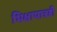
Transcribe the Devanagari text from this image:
भिक्षापात्रही